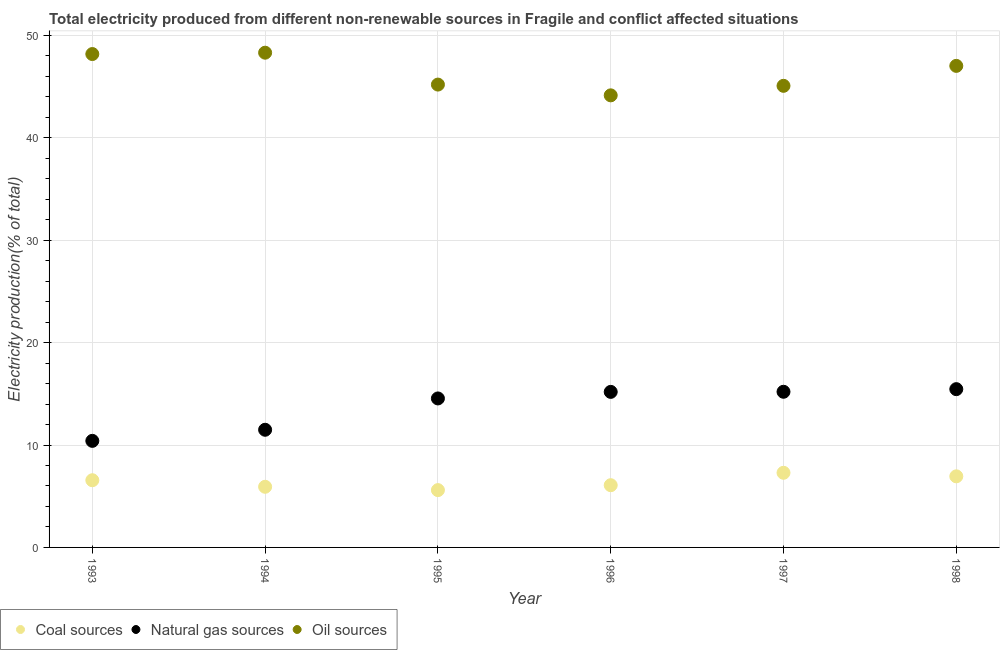
| Year | Coal sources | Natural gas sources | Oil sources |
 | --- | --- | --- | --- |
 | 1993 | 6.56 | 10.4 | 48.2 |
 | 1994 | 5.92 | 11.5 | 48.3 |
 | 1995 | 5.6 | 14.5 | 45.2 |
 | 1996 | 6.08 | 15.2 | 44.1 |
 | 1997 | 7.29 | 15.2 | 45.1 |
 | 1998 | 6.94 | 15.5 | 47 |